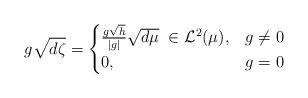
LaTeX: \begin{align*}g\sqrt{d\zeta} =\begin{cases}\frac{ g \sqrt{h} }{|g|} \sqrt{d\mu} \; \in \mathcal{L}^2(\mu), & g \not= 0 \\ 0, & g=0 \end{cases}\end{align*}